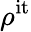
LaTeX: \rho^{\mathrm{it}}